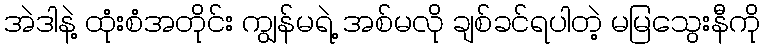
အဲဒါနဲ့ ထုံးစံအတိုင်း ကျွန်မရဲ့ အစ်မလို ချစ်ခင်ရပါတဲ့ မမြသွေးနီကို